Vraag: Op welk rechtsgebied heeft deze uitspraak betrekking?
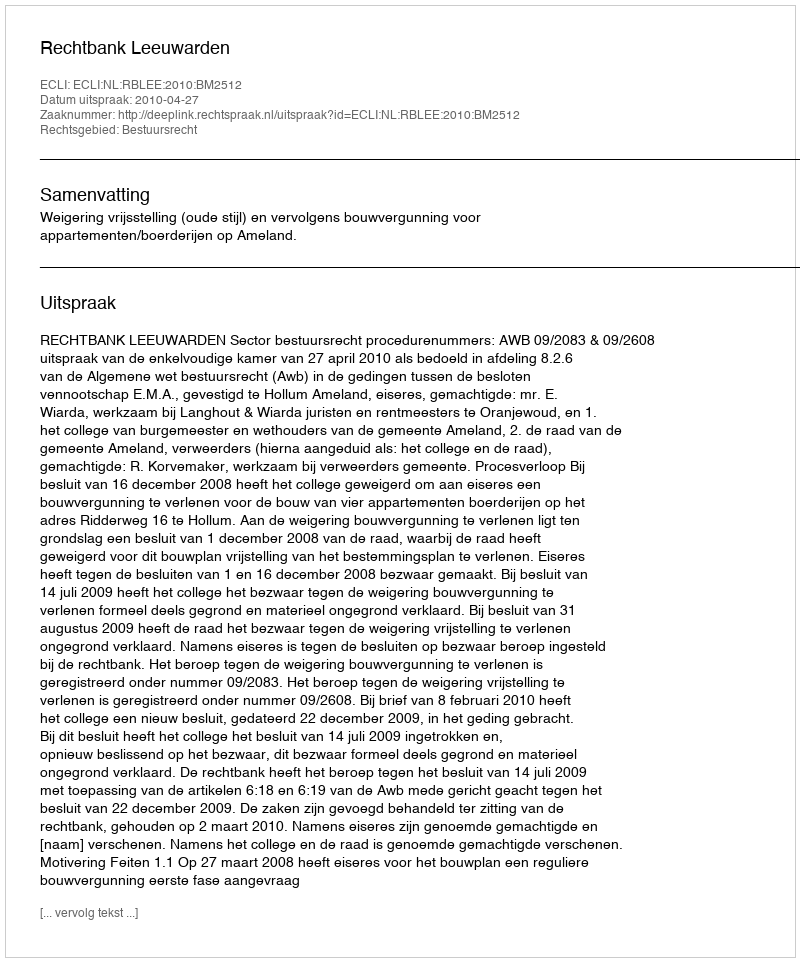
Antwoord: Bestuursrecht